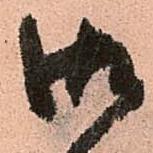
御